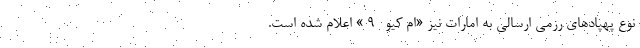
نوع پهپادهای رزمی ارسالی به امارات نیز «ام کیو- 9 » اعلام شده است.